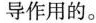
导作用的。